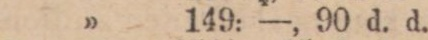
” 149: —, 90 d. d.